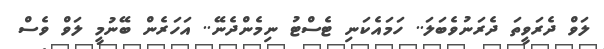
ލަވް ދެރަވީތަ ދެރަނުވެބަލަ.. ހަމައެކަނި ޓެސްޓު ނިމެންދެނޭ.. އަހަރެން ބޭނުމީ ލަވް ވެސް